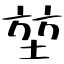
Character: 堃